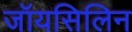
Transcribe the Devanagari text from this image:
जॉयसिलिन